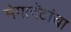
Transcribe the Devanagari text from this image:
मेगावॅटांचा